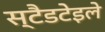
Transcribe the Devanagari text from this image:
स्टैडटेइले